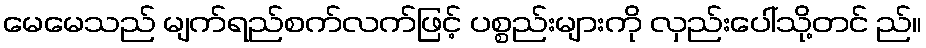
မေမေသည် မျက်ရည်စက်လက်ဖြင့် ပစ္စည်းများကို လှည်းပေါ်သို့တင် ည်။